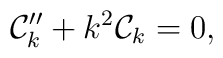
{\cal C}_{k} '' + k^2 {\cal C}_{k} =0,